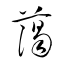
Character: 藹